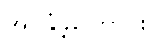
အပ်နှံခဲ့ကြောင်း